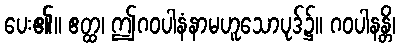
ပေး၏။ ဧတ္ထ၊ ဤဂဝပါနံနာမဟူသောပုဒ်၌။ ဂဝပါနန္တိ၊